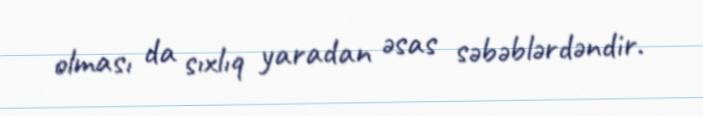
olması da sıxlıq yaradan əsas səbəblərdəndir.